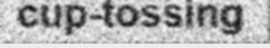
cup-tossing